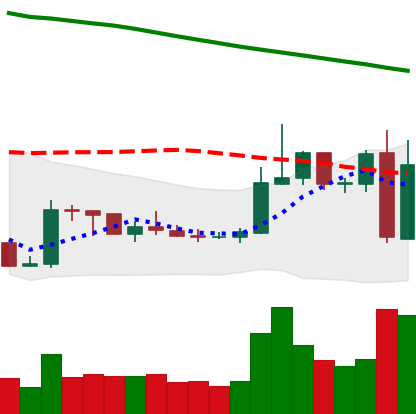
Ticker: XRP-USD
Chart end date: 2019-02-25
Forward return: -4.074%
Label: down_3_5